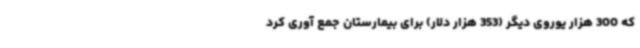
که 300 هزار یوروی دیگر (353 هزار دلار) برای بیمارستان جمع آوری کرد